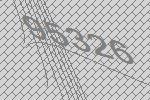
95326